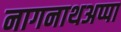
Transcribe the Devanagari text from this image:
नागनाथअप्पा